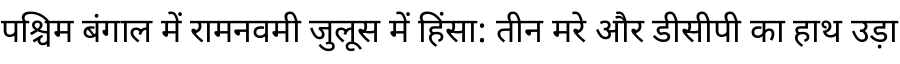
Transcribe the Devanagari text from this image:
पश्चिम बंगाल में रामनवमी जुलूस में हिंसा: तीन मरे और डीसीपी का हाथ उड़ा